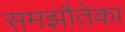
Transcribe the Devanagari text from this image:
समझौतेका